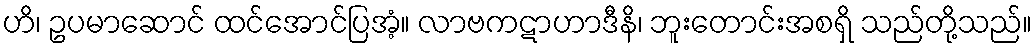
ဟိ၊ ဥပမာဆောင် ထင်အောင်ပြအံ့။ လာဗကဋာဟာဒီနိ၊ ဘူးတောင်းအစရှိ သည်တို့သည်။